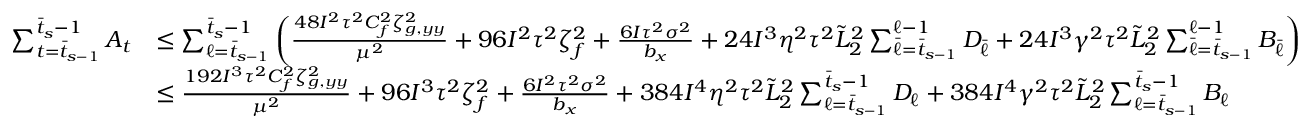
\begin{array} { r l } { \sum _ { t = \bar { t } _ { s - 1 } } ^ { \bar { t } _ { s } - 1 } A _ { t } } & { \leq \sum _ { \ell = \bar { t } _ { s - 1 } } ^ { \bar { t } _ { s } - 1 } \bigg ( \frac { 4 8 I ^ { 2 } \tau ^ { 2 } C _ { f } ^ { 2 } \zeta _ { g , y y } ^ { 2 } } { \mu ^ { 2 } } + 9 6 I ^ { 2 } \tau ^ { 2 } \zeta _ { f } ^ { 2 } + \frac { 6 I \tau ^ { 2 } \sigma ^ { 2 } } { b _ { x } } + 2 4 I ^ { 3 } \eta ^ { 2 } \tau ^ { 2 } \tilde { L } _ { 2 } ^ { 2 } \sum _ { \bar { \ell } = \bar { t } _ { s - 1 } } ^ { \ell - 1 } D _ { \bar { \ell } } + 2 4 I ^ { 3 } \gamma ^ { 2 } \tau ^ { 2 } \tilde { L } _ { 2 } ^ { 2 } \sum _ { \bar { \ell } = \bar { t } _ { s - 1 } } ^ { \ell - 1 } B _ { \bar { \ell } } \bigg ) } \\ & { \leq \frac { 1 9 2 I ^ { 3 } \tau ^ { 2 } C _ { f } ^ { 2 } \zeta _ { g , y y } ^ { 2 } } { \mu ^ { 2 } } + 9 6 I ^ { 3 } \tau ^ { 2 } \zeta _ { f } ^ { 2 } + \frac { 6 I ^ { 2 } \tau ^ { 2 } \sigma ^ { 2 } } { b _ { x } } + 3 8 4 I ^ { 4 } \eta ^ { 2 } \tau ^ { 2 } \tilde { L } _ { 2 } ^ { 2 } \sum _ { \ell = \bar { t } _ { s - 1 } } ^ { \bar { t } _ { s } - 1 } D _ { \ell } + 3 8 4 I ^ { 4 } \gamma ^ { 2 } \tau ^ { 2 } \tilde { L } _ { 2 } ^ { 2 } \sum _ { \ell = \bar { t } _ { s - 1 } } ^ { \bar { t } _ { s } - 1 } B _ { \ell } } \end{array}